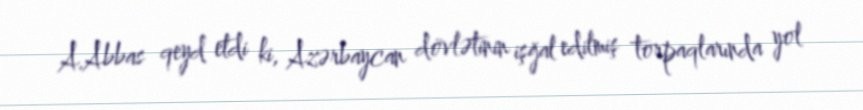
A.Abbas qeyd etdi ki, Azərbaycan dövlətinin işğal edilmiş torpaqlarında yol